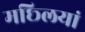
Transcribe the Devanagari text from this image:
मछ्लियां